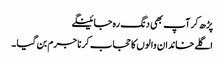
پڑھ کر آپ بھی دنگ رہ جائینگے
اگلے خاندان والوں کا حجاب کرنا جرم بن گیا ۔